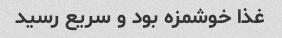
غذا خوشمزه بود و سریع رسید